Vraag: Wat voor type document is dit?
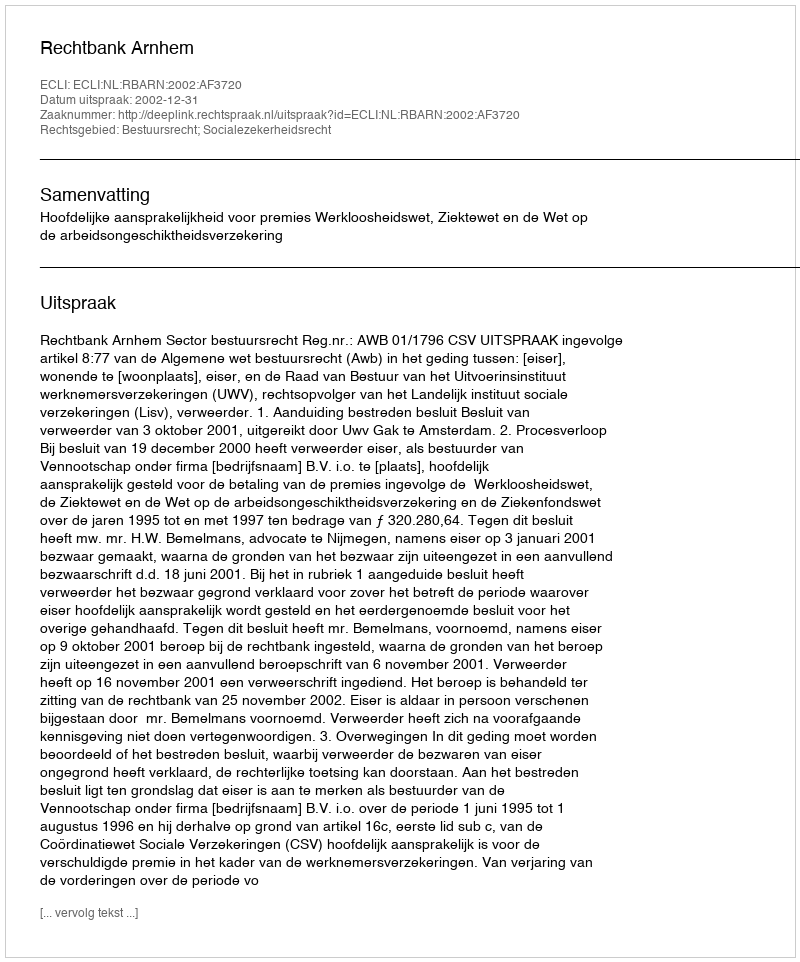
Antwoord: Uitspraak